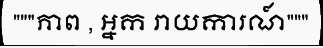
"""ភាព , អ្នក រាយការណ៍"""